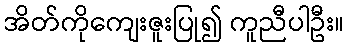
အိတ်ကိုကျေးဇူးပြု၍ ကူညီပါဦး။